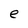
Character: e